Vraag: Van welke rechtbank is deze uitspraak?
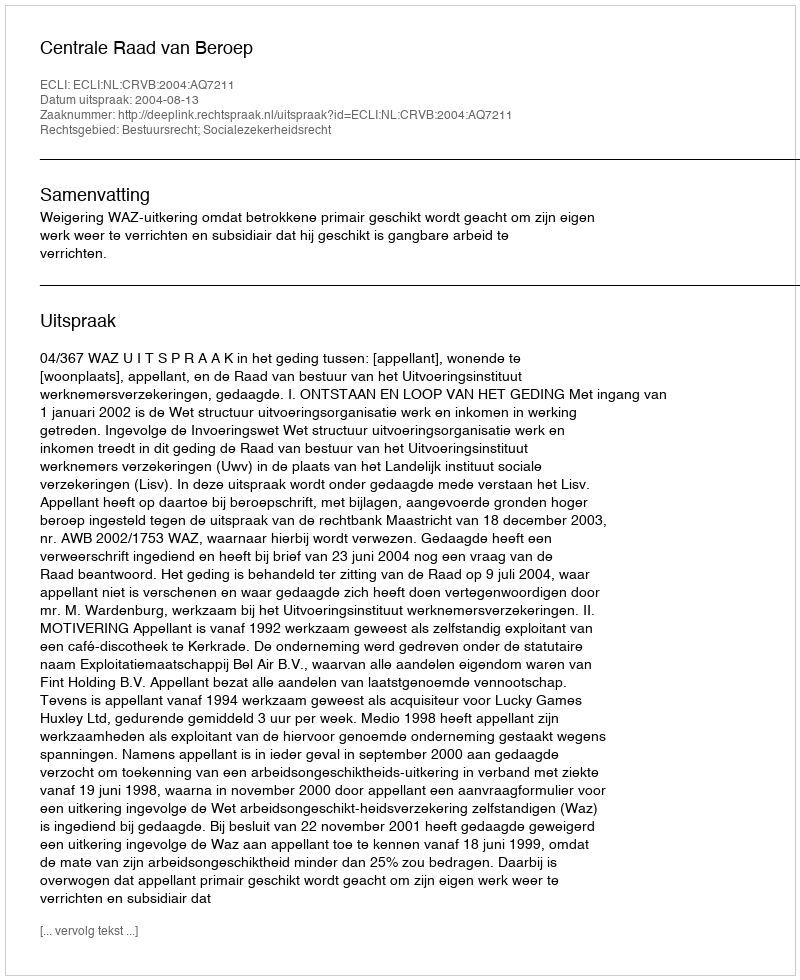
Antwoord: Centrale Raad van Beroep